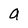
Character: a